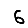
Digit: 6